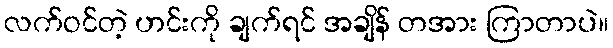
လက်ဝင်တဲ့ ဟင်းကို ချက်ရင် အချိန် တအား ကြာတာပဲ။